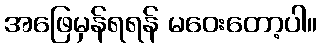
အဖြေမှန်ရရန် မဝေးတော့ပါ။